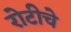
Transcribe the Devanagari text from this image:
रोटीचे